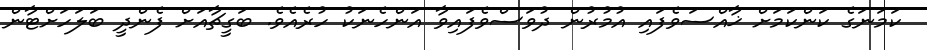
ކަމަނަގެ ކަންކަމަށް ޚާއްސަވެފައި އުމުރުން ދުވަސްވެފައިވާ އަންހެނަކު ހުރެއެވެ. ބަގީޗާއަށް ފެންދީ ބަލަހަށްޓާން